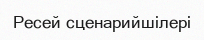
Ресей сценарийшілері